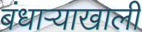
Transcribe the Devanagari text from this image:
बंधाऱ्याखाली